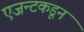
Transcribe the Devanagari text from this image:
एजन्टकडून